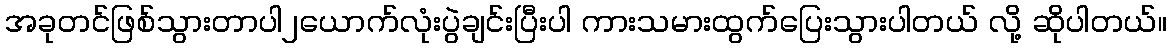
အခုတင်ဖြစ်သွားတာပါ၂ယောက်လုံးပွဲချင်းပြီးပါ ကားသမားထွက်ပြေးသွားပါတယ် လို့ ဆိုပါတယ်။